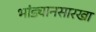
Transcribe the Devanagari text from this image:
भांड्यानसारखा